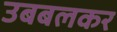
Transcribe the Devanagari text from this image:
उबबलकर